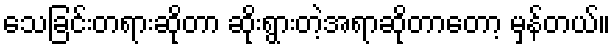
သေခြင်းတရားဆိုတာ ဆိုးရွားတဲ့အရာဆိုတာတော့ မှန်တယ်။